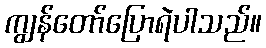
ကျွန်တော်ပြောရဲပါသည်။